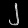
Digit: ၂